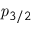
{ \mathit { p } } _ { 3 / 2 }